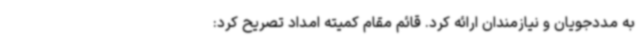
به مددجویان و نیازمندان ارائه کرد. قائم مقام کمیته امداد تصریح کرد: